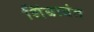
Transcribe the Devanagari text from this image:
शिंबावंत